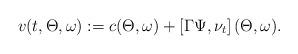
LaTeX: \begin{align*}v(t, \Theta, \omega):= c( \Theta, \omega) + \left[ \Gamma \Psi, \nu_{ t}\right](\Theta, \omega).\end{align*}